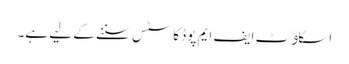
اسکاﺅٹ ایف ایم پوڈ کاسٹس سننے کے لیے ہے۔